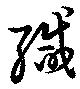
緘